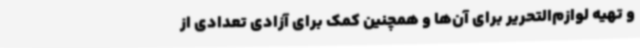
و تهیه لوازم‌التحریر برای آن‌ها و همچنین کمک برای آزادی تعدادی از